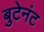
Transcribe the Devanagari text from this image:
बुटेनंट